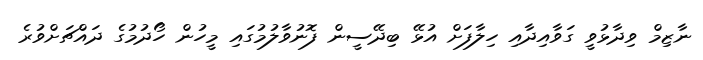
ނާޒިމް ވިދާޅުވީ ގަވާއިދާއި ހިލާފަށް އުޅޭ ބިދޭސީން ފޮނުވާލުމުގައި މީހުން ހޯދުމުގެ ދައްޗަށްވުރެ